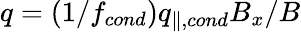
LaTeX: q=(1/f_{cond})q_{\parallel,cond}B_{x}/B